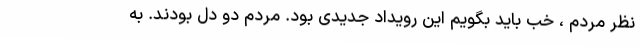
نظر مردم ، خب باید بگویم این رویداد جدیدی بود. مردم دو دل بودند. به